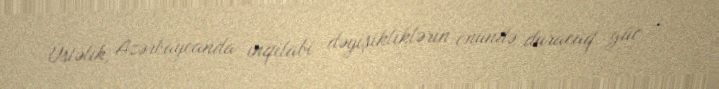
Üstəlik, Azərbaycanda inqilabi dəyişikliklərin önündə duracaq güc -